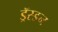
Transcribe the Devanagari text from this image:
ड्रॅस्डन